Report on sanitation, dispensaries, and jails in Rajputana for 1914, and on vaccination for the year 1914-1915 - 1914-1915
Year: 1914
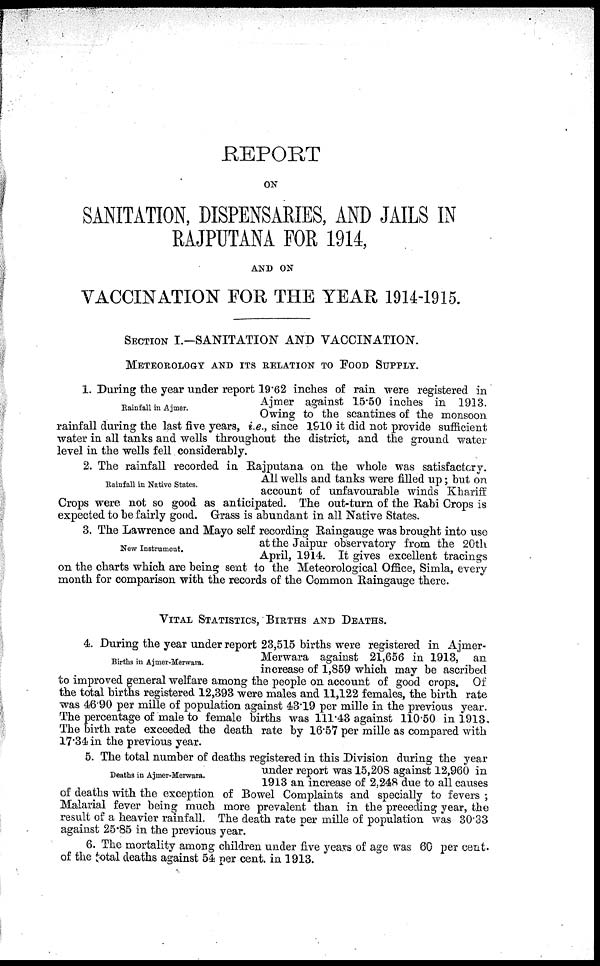
REPORT
ON
SANITATION, DISPENSARIES, AND JAILS IN
RAJPUTANA FOR 1914,
AND ON
VACCINATION FOR THE YEAR 1914-1915.
SECTION I.—SANITATION AND VACCINATION.
METEOROLOGY AND ITS RELATION TO FOOD SUPPLY.
Rainfall in Ajmer.
1. During the year under report 19.62 inches of rain were registered in
Ajmer against 15.50 inches in 1913.
Owing to the scantines of the monsoon
rainfall during the last five years, i.e., since 1910 it did not provide sufficient
water in all tanks and wells throughout the district, and the ground water
level in the wells fell considerably.
Rainfall in Native States.
2. The rainfall recorded in Rajputana on the whole was satisfactory.
All wells and tanks were filled up; but on
account of unfavourable winds Khariff
Crops were not so good as anticipated. The out-turn of the Rabi Crops is
expected to be fairly good. Grass is abundant in all Native States.
New Instrument.
3. The Lawrence and Mayo self recording Raingauge was brought into use
at the Jaipur observatory from the 20th
April, 1914. It gives excellent tracings
on the charts which are being sent to the Meteorological Office, Simla, every
month for comparison with the records of the Common Raingauge there.
VITAL STATISTICS, BRITHS AND DEATHS.
Births in Ajmer-Merwara.
4. During the year under report 23,515 births were registered in Ajmer¬
Merwara against 21,656 in 1913, an
increase of 1,859 which may be ascribed
to improved general welfare among the people on account of good crops. Of
the total births registered 12,393 were males and 11,122 females, the birth rate
was 46.90 per mille of population against 43.19 per mille in the previous year.
The percentage of male to female births was 111.43 against 110.50 in 1913.
The birth rate exceeded the death rate by 16.57 per mille as compared with
17.34 in the previous year.
Deaths in Ajmer-Merwara.
5. The total number of deaths registered in this Division during the year
under report was 15,208 against 12,960 in
1913 an increase of 2,248 due to all causes
of deaths with the exception of Bowel Complaints and specially to fevers ;
Malarial fever being much more prevalent than in the preceding year, the
result of a heavier rainfall. The death rate per mille of population was 30.33
against 25.85 in the previous year.
6. The mortality among children under five years of age was 60 per cent.
of the total deaths against 54 per cent. in 1913.